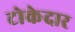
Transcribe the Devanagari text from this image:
टोकेदार